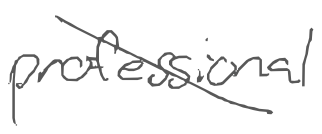
Text: professional
Cross-out: diagonal
Writing tool: digital_gray